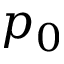
p _ { 0 }